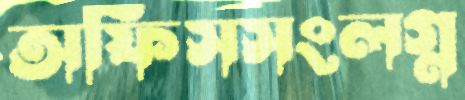
অফিসসংলগ্ন